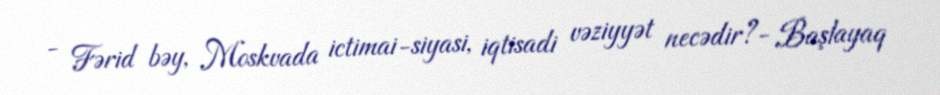
- Fərid bəy, Moskvada ictimai-siyasi, iqtisadi vəziyyət necədir?- Başlayaq